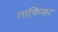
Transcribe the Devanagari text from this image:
ताकिका